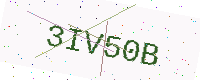
Text: 3IV50B